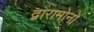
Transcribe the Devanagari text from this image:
द्वारामोनो